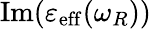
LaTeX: \operatorname{Im}(\varepsilon_{\mathrm{eff}}(\omega_{R}))